Civil Veterinary Department Bihar & Orissa reports 1929-36 - 1929-1936
Year: 1929
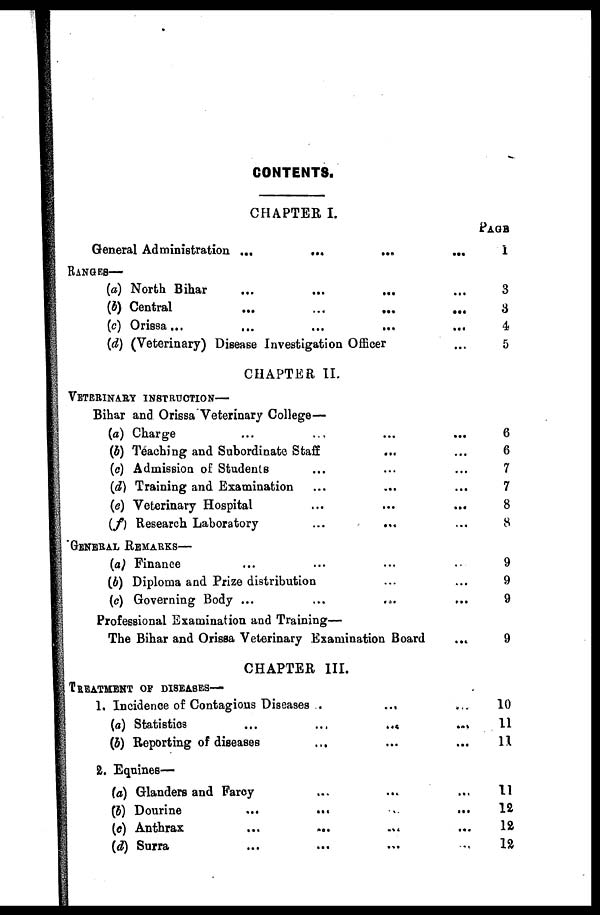
CONTENTS.
CHAPTER I.
General Administration ...
...
...
...
RANGES—
(a) North Bihar ... ... ... ...
(b) Central ... ... ... ...
(c) Orissa ... ... ... ...
(d) (Veterinary) Disease Investigation Officer ...
CHAPTER II.
VETERINARY INSTRUCTION—
Bihar and Orissa Veterinary College—
(a) Charge ... ... ... ...
(b) Teaching and Subordinate Staff ... ...
(c) Admission of Students ... ... ...
(d) Training and Examination ... ... ...
(e) Veterinary Hospital ... ... ...
(f) Research Laboratory
...
...
...
GENERAL REMARKS—
(a) Finance ... ... ... ...
(b) Diploma and Prize distribution ... ...
(c) Governing Body ...
...
...
...
Professional Examination and Training—
The Bihar and Orissa Veterinary Examination Board ...
CHAPTER III.
TREATMENT OF DISEASES—
1, Incidence of Contagions Diseases ..
... ...
(a) Statistics
...
...
...
...
(b) Reporting of diseases ... ... ...
2. Equines—
(a) Glanders and Farcy ... ... ...
(b) Dourine ... ... ... ... ...
(c) Anthrax
...
...
...
...
(d) Surra ... ... ... ...
PAGE
1
3
3
4
5
6
6
7
7
8
8
9
9
9
9
10
11
11
11
12
12
12